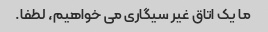
ما یک اتاق غیر سیگاری می خواهیم، ​​لطفا.